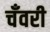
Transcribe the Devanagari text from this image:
चँवरी